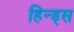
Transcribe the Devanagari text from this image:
हिन्ड्स